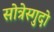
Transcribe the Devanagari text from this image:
सोत्रेस्गुदो